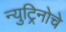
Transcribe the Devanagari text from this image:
न्युट्रिनोचे